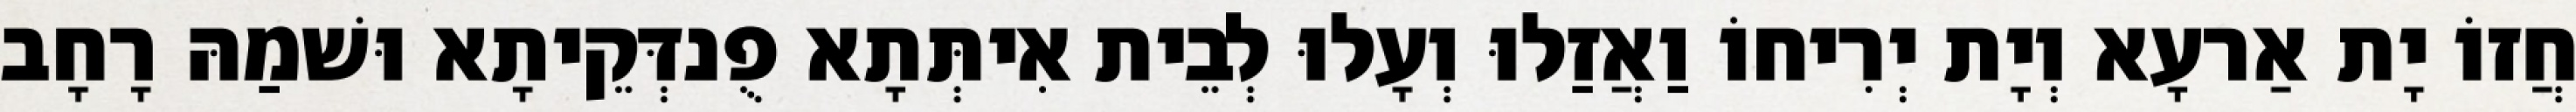
חֲזוֹ יָת אַרעָא וְיָת יְרִיחוֹ וַאֲזַלוּ וְעָלוּ לְבֵית אִיתְּתָא פֻנדְּקֵיתָא וּשׁמַהּ רָחָב